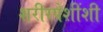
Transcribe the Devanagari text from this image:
शरीरपेशींशी